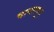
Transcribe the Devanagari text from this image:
चावलमूंग